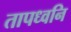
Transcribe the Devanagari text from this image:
तापध्वनि